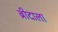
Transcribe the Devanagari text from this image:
ब्रीदाला